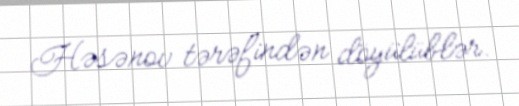
Həsənov tərəfindən döyülüblər.